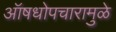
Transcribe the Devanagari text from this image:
ऑषधोपचारामुळे